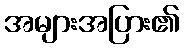
အများအပြား၏